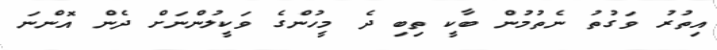
އިތުރު ވަގުތު ނެތުމުން ބާކީ ތިބި ދެ މީހުންގެ ވަކީލުންނަށް ދެން އޮންނަ